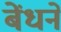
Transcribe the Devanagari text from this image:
बेंधने